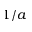
1 / a